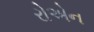
રોએન